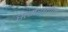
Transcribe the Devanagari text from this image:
समरातील